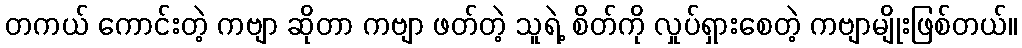
တကယ် ကောင်းတဲ့ ကဗျာ ဆိုတာ ကဗျာ ဖတ်တဲ့ သူရဲ့ စိတ်ကို လှုပ်ရှားစေတဲ့ ကဗျာမျိုးဖြစ်တယ်။